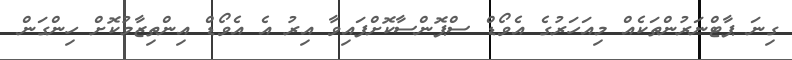
ގިނަ ޕާޓްނަރުންތަކެއް މިއަހަރުގެ އެވޯޑް ސްޕޮންސާކޮށްފައިވާ އިރު އެ އެވޯޑް އިންތިޒާމުކޮށް ހިންގަން